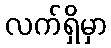
လက်ရှိမှာ